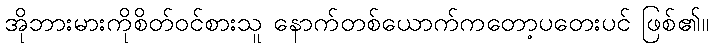
အိုဘားမားကိုစိတ်ဝင်စားသူ နောက်တစ်ယောက်ကတော့ပတေးပင် ဖြစ်၏။